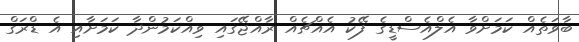
ބާވަތެއް ކަމަށްވާ އެލްއެސްޑީގެ ފޭކު އެއްޗެއް ރާއްޖޭގައި ވިއްކަމުންދާ ކަމަށާއި އެ ޑްރަގް